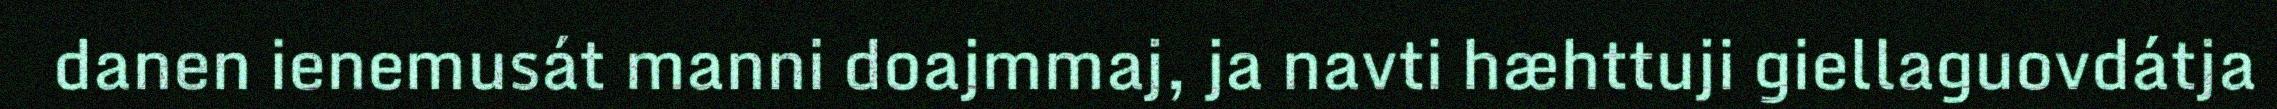
danen ienemusát manni doajmmaj, ja navti hæhttuji giellaguovdátja